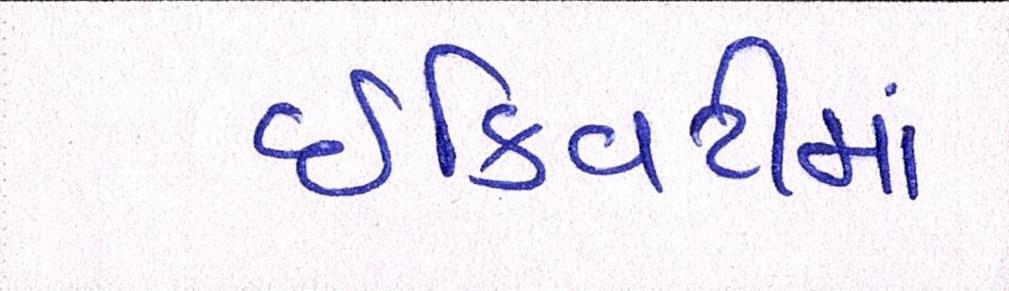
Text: ઇક્વિટીમાં